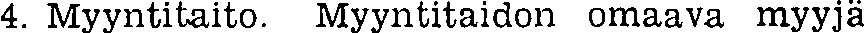
4. Myyntitaito. Myyntitaidon omaava myyjä